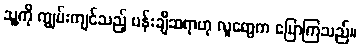
သူ့ကို ကျွမ်းကျင်သည့် ပန်းချီဆရာဟု လူတွေက ပြောကြသည်။